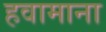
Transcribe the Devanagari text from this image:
हवामाना